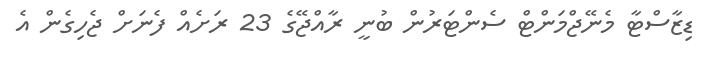
ޑިޒާސްޓާ މެނޭޖްމަންޓް ސެންޓަރުން ބުނީ ރާއްޖޭގެ 23 ރަށެއް ފެނަށް ޖެހިގެން އެ